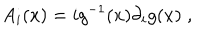
A _ { i } ( x ) = i g ^ { - 1 } ( x ) \partial _ { i } g ( x ) \; ,